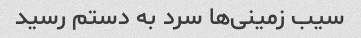
سیب زمینی‌ها سرد به دستم رسید